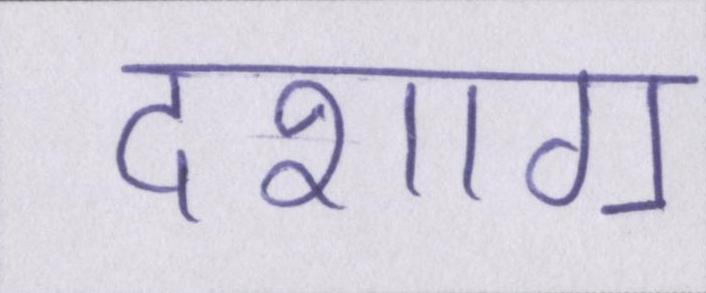
दशाॻ